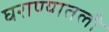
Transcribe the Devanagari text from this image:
घराण्यातली